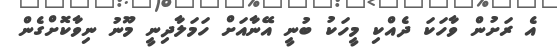
އެ ރަށުން ވާހަކަ ދެއްކި މީހަކު ބުނީ އޭނާއަށް ހަމަލާދިނީ މޫނު ނިވާކޮށްގެން